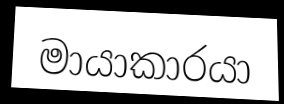
මායාකාරයා